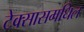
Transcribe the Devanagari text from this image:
टेक्सासमधिल